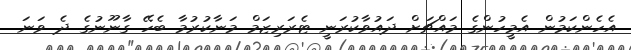
އެހެންކަމުން އެމީހުންގެ މައްޗަށް ދައުވާކުރަނީ ޓެރަރިޒަމް މަނާކުރުމާ ބެހޭ ގާނޫނުގެ ދެ ވަނަ